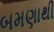
બમણાથી